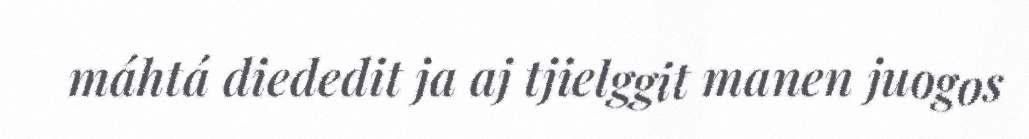
máhtá diededit ja aj tjielggit manen juogos